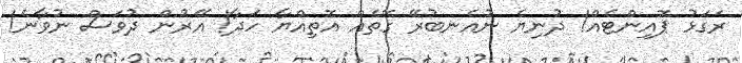
ރަގަޅު ޕޮއިންޓެއް! ދުނިޔެ ނުއެނބުރޭ ގޮތެއް އޮތިއްޔާ ހަދާ! އޭރުން ދުވަސް ނުވާނެ!